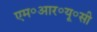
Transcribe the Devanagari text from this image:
एम॰आर॰यू॰सी